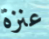
عنزة